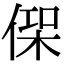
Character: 𠋸